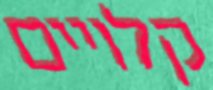
קלויים